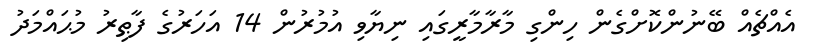
އެއްޗެއް ބޭނުންކޮށްގެން ހިންގި މާރާމާރީގައި ނިޔާވި އުމުރުން 14 އަހަރުގެ ފާޠިރު މުޙައްމަދު